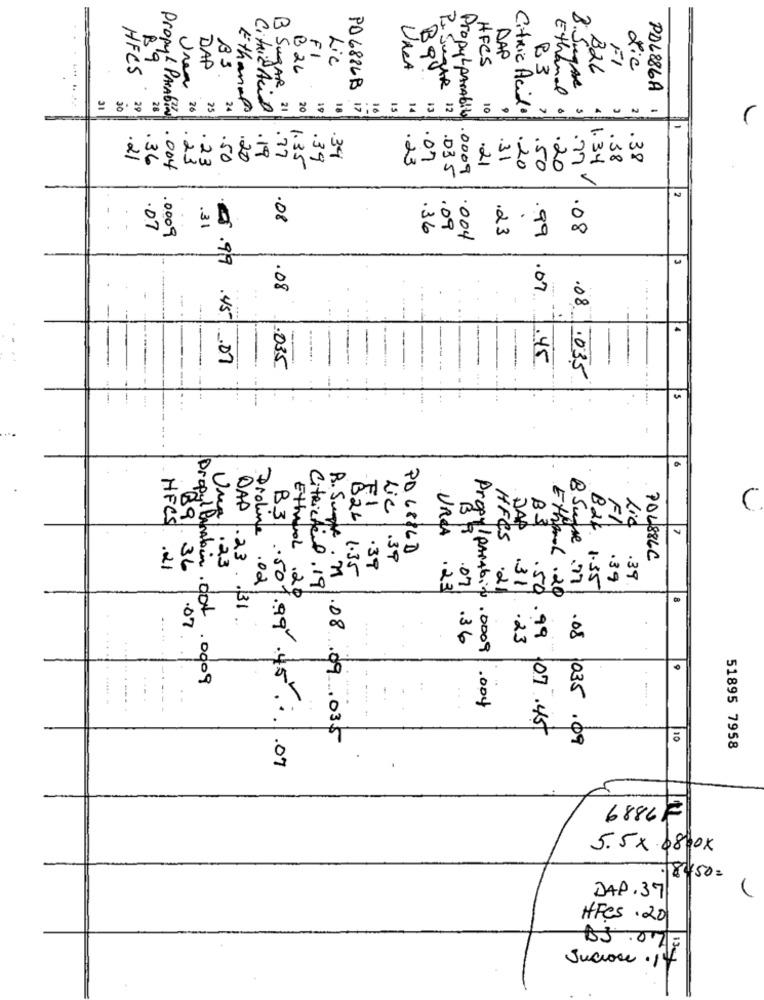
P. P
89
FI
Lic
DAP
HFCS
DAP
BS
B 26
VARA
Jugs
HFCS
B26
FI
dic
B SugAR
R3
Urea
PO 6886B
Beste
Ethanol
B.Sugare
PDL886A
30
29
28
26
25
24
Ethanol
Citric Acid
21
20
18
17
IS
14
13
12
PropyLparAbito
10
Citric Acid.
PropyL PARAbin
.77
.21
36
.23
. 23
.50
.20
.19
.39
.39
.23
.07
.21
31
1.34
.38
.38
.004
1.35
.0009
.20
.50
.20
.77
.035
2
.08
.07
.31
.36
.09
.23
.99
.08
.0009
004
.08
.07
....
.08.
-
5.99.45.07
.45
.035
.035
00
DAP
B3
B2.
FI
524
JAP
B3
Lic
7
URCA
HFCS
PD6836D
B. Suppe
Lic .39
POL886C
HFCS .21
69. 36
Uma .23
1.35
.39
R. Suple . 11
1.35
.39
.39
Proline .02
Citrictil. 19
.23
.07
.21
.31
Ethanol .20
Ethanol ,20
.23 . 31
Propyl Panabin. dot
.07
.23
.08
.36
EL PHAbit .0009
9
.0009
.004
·501.99 .45 .:
.50.9907 .45
1035.09
10
51895 7958
.07
6886F
5.5 x 6800x
.8450=
DAP.37
HFCS .20
05.07/F
Sucrose.if